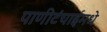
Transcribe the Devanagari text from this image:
पाणीटंचाईमधे